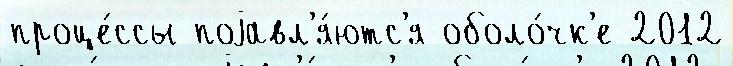
проце́ссы поjавл'я́ютс'я оболо́чк'е 2012